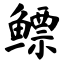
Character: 鳔